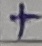
Text: +